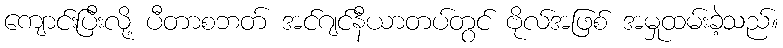
ကျောင်းပြီးလို့ ပီတာစဘတ် အင်ဂျင်နီယာတပ်တွင် ဗိုလ်အဖြစ် အမှုထမ်းခဲ့သည်။